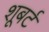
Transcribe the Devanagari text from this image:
शूबर्ट